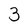
Character: 3